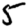
Digit: 5